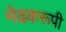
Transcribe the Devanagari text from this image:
मेंढकरूपी